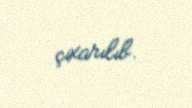
çıxarılıb.